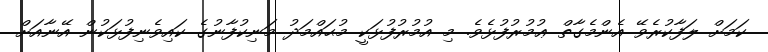
ކަމަށް ލަފާކުރެވޭ އެންމެގާތް ޢުމުރުފުޅެވެ. މި އުމުރުފުޅަކީ މުޙައްމަދު މަނިކުފާނުގެ ކައިވެނިފުޅަކުން އޭނާއަށް